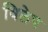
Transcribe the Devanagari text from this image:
विलेप